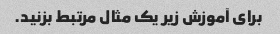
برای آموزش زیر یک مثال مرتبط بزنید.